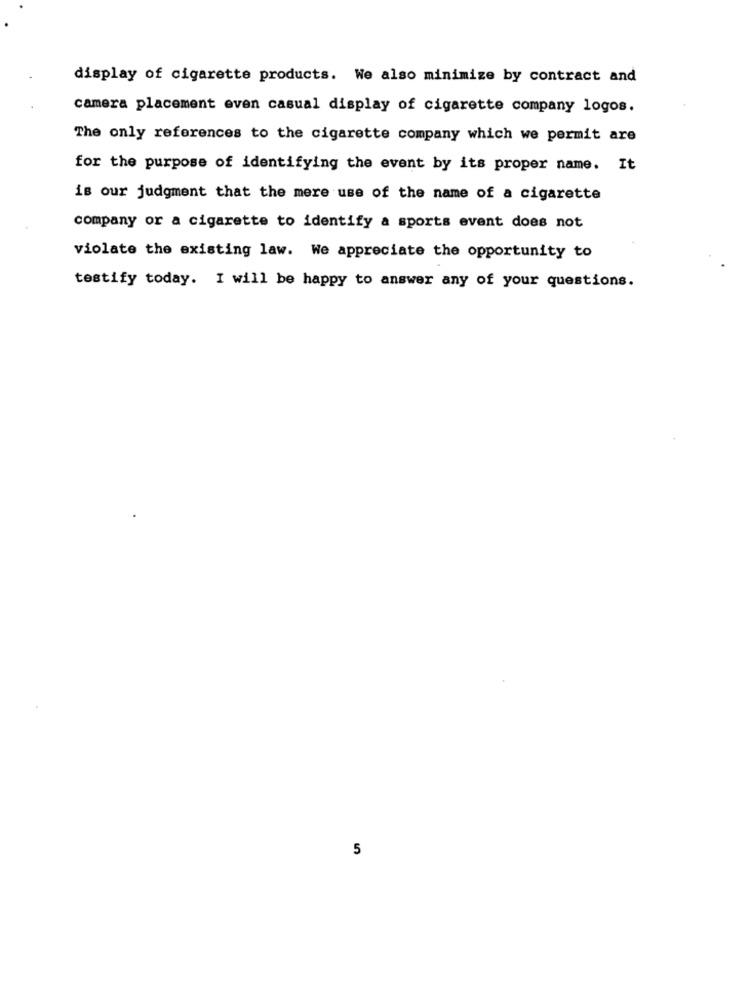
display of cigarette products. We also minimize by contract and
camera placement even casual display of cigarette company logos.
The only references to the cigarette company which we permit are
for the purpose of identifying the event by its proper name. It
is our judgment that the mere use of the name of a cigarette
company or a cigarette to identify a sports event does not
violate the existing law. We appreciate the opportunity to
testify today. I will be happy to answer any of your questions.
5